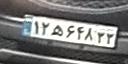
۱۲ه۶۴۸۳۳